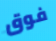
فوق